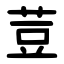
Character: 荳